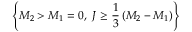
\left\{ M _ { 2 } > M _ { 1 } = 0 , ~ J \ge { \frac { 1 } { 3 } } \left( M _ { 2 } - M _ { 1 } \right) \right\}